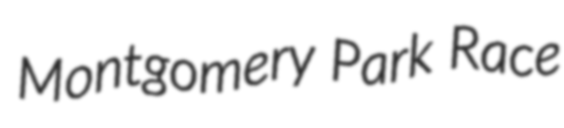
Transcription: Montgomery Park Race